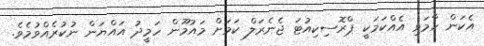
އެކަން ހާމަވި އެއްކަމަކީ ޕްރޮސިކިއުޓަ ޖެނެރަލް ކަމަށް މައުމޫން ހަމީދު އައްޔަން ނުކުރެއްވުމެވެ.